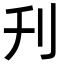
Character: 刋